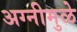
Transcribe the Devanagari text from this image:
अग्नीमुळे